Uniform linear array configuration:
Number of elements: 16
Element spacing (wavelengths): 0.5
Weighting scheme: hamming
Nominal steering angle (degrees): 15
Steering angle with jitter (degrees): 13.352
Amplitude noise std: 0.05
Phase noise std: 0.05

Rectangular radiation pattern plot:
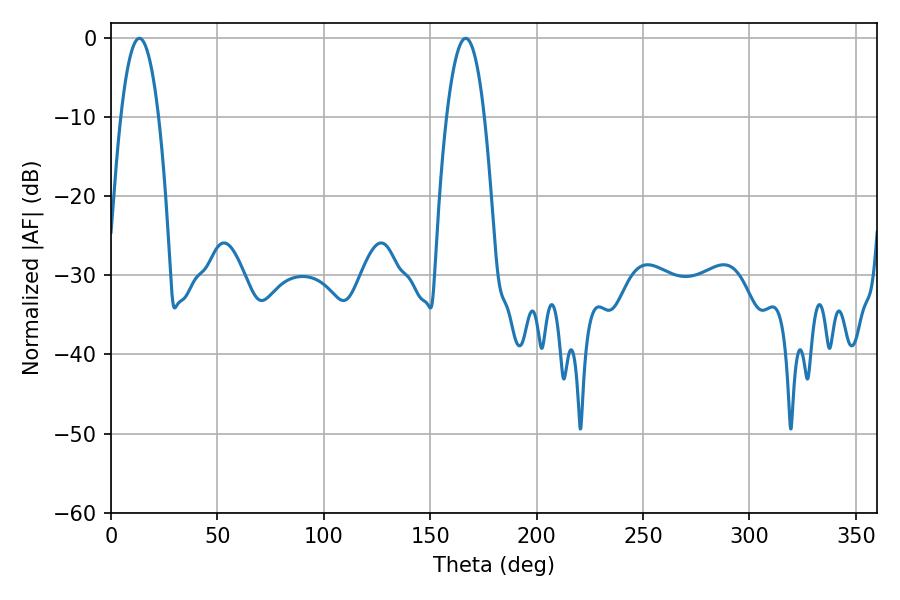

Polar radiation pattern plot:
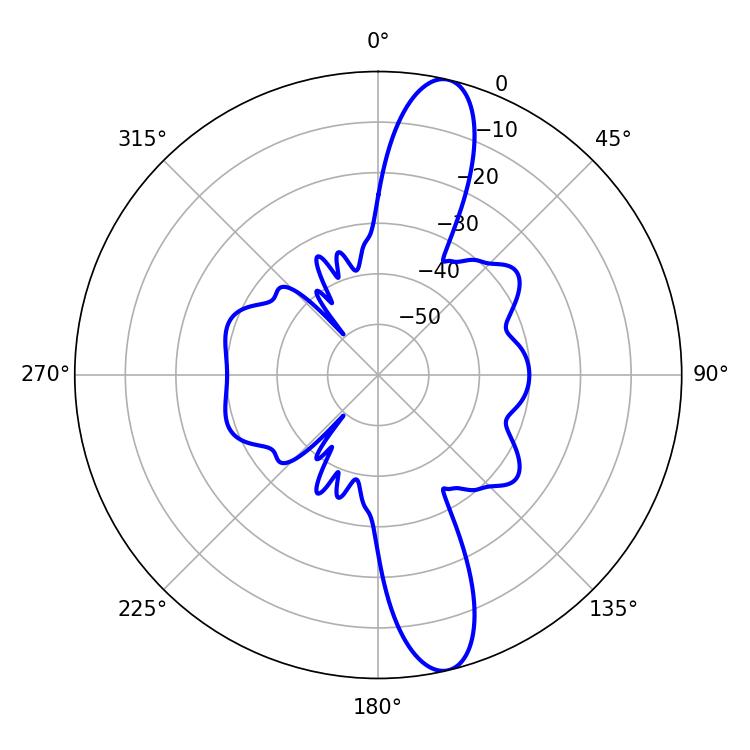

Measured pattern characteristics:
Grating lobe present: FALSE
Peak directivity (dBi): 13.691
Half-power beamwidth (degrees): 9.9
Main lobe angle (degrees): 13.32